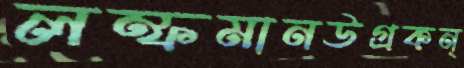
লম্ফমানউগ্রকন্